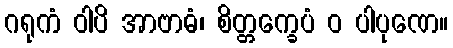
ဂရုကံ ဝါပိ အာဗာဓံ၊ စိတ္တက္ခေပံ ဝ ပါပုဏေ။